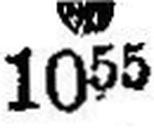
### 1055